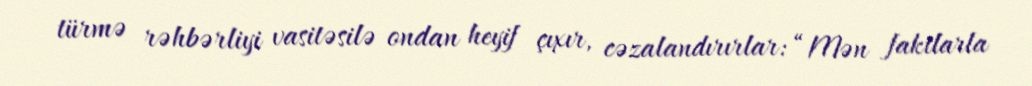
türmə rəhbərliyi vasitəsilə ondan heyif çıxır, cəzalandırırlar: “Mən faktlarla